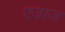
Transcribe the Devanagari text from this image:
एजाज